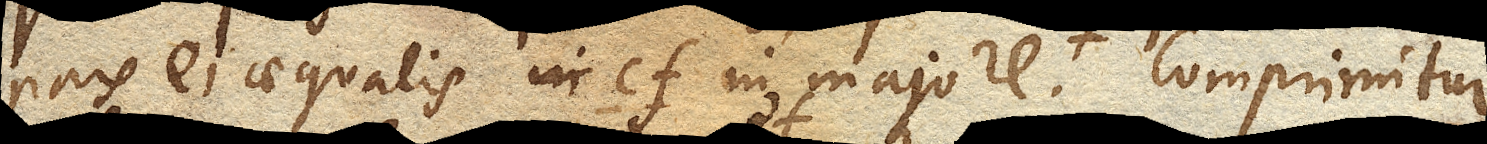
pars ei aequalis cf. in majore. Comprimitur